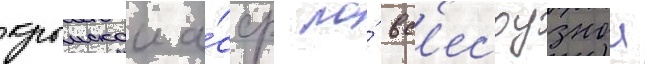
крымскои а́сср по́ вс'есоузнои